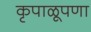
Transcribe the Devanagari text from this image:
कृपाळूपणा